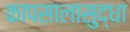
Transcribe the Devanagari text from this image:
कापसालासुद्धा